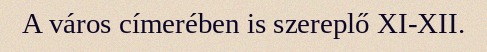
A város címerében is szereplő XI-XII.